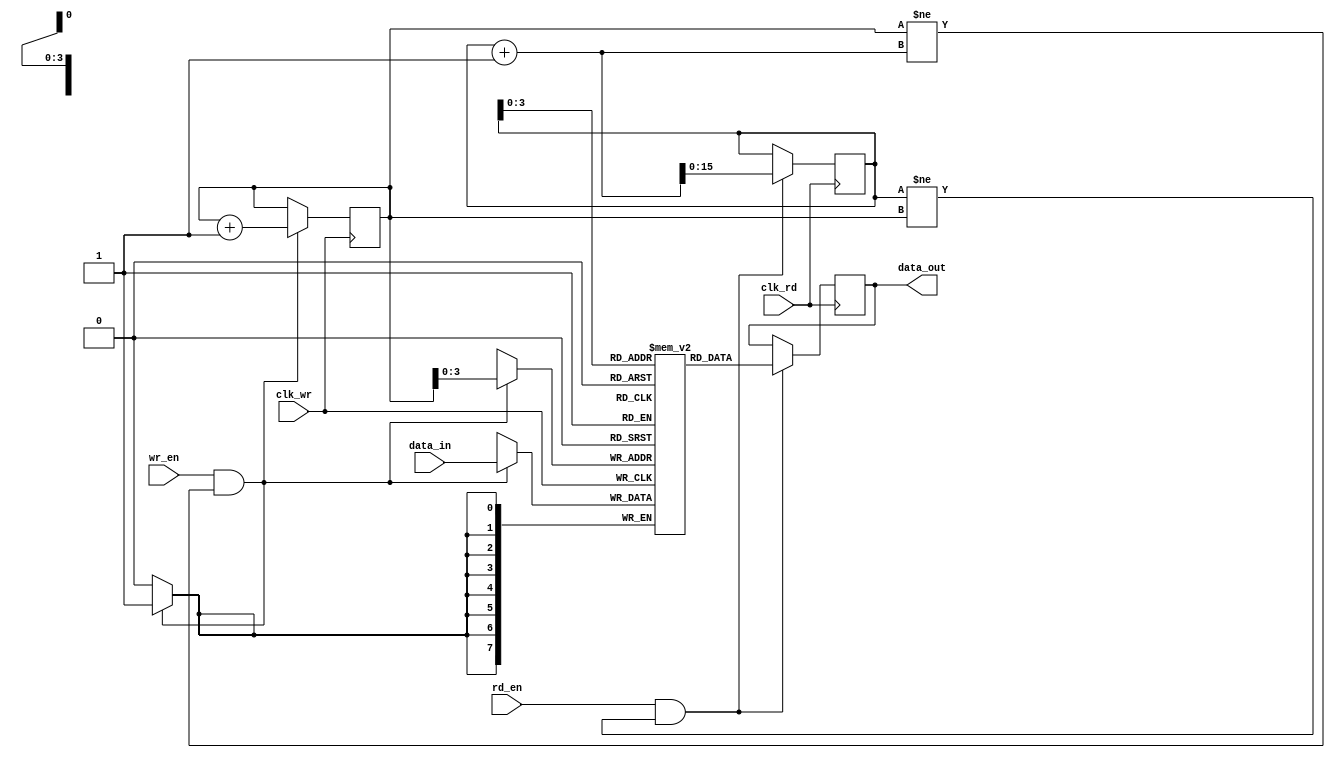
module fifo_buffer (
  input wire clk_wr, // Write clock
  input wire wr_en, // Write enable
  input wire [DATA_WIDTH-1:0] data_in, // Input data
  input wire clk_rd, // Read clock
  input wire rd_en, // Read enable
  output reg [DATA_WIDTH-1:0] data_out, // Output data
);

parameter FIFO_DEPTH = 16;
parameter DATA_WIDTH = 8;

reg [DATA_WIDTH-1:0] fifo [0:FIFO_DEPTH-1];
reg [FIFO_DEPTH-1:0] write_ptr, read_ptr;

always @(posedge clk_wr) begin
  if(wr_en && write_ptr != read_ptr + 1) begin
    fifo[write_ptr] <= data_in;
    write_ptr <= write_ptr + 1;
  end
end

always @(posedge clk_rd) begin
  if(rd_en && read_ptr != write_ptr) begin
    data_out <= fifo[read_ptr];
    read_ptr <= read_ptr + 1;
  end
end

endmodule